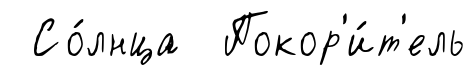
Со́лнца Покор'и́т'ель